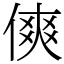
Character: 傸